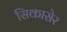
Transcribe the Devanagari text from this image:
सिकासेर